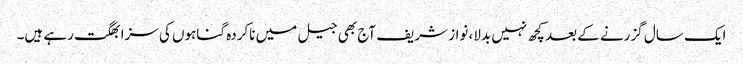
ایک سال گزرنے کے بعد کچھ نہیں بدلا، نواز شریف آج بھی جیل میں ناکردہ گناہوں کی سزا بھگت رہے ہیں۔